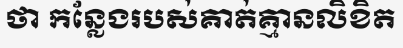
ថា កន្លែងរបស់គាត់គ្មានលិខិត